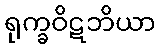
ရုက္ခဝိဋဘိယာ